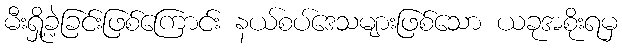
မီးရှို့ခဲ့ခြင်းဖြစ်ကြောင်း နယ်စပ်ဒေသများဖြစ်သော ယခုအစိုးရမှ